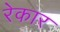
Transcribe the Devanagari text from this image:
रेकार